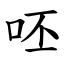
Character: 呸